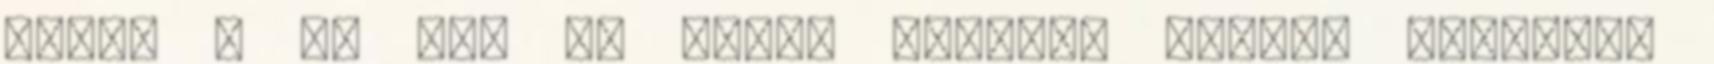
úton, s az is, ki felém nyújtja segítő jobbját.